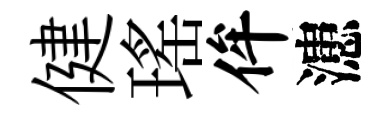
健瑤侔漶